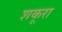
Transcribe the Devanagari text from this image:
शकूरा